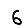
Digit: 6